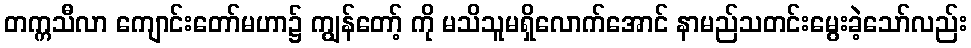
တက္ကသီလာ ကျောင်းတော်မဟာ၌ ကျွန်တော့် ကို မသိသူမရှိလောက်အောင် နာမည်သတင်းမွေးခဲ့သော်လည်း